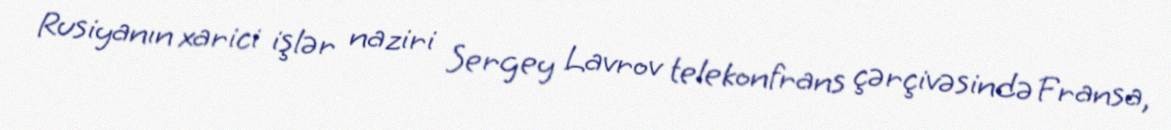
Rusiyanın xarici işlər naziri Sergey Lavrov telekonfrans çərçivəsində Fransa,